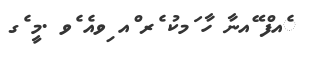
ެއފް ޭއނާ ހާ ަމކު ެރ ްއ ިވއެ ެވ .މީ ެގ